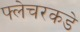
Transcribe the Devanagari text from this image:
फ्लेचरकडे